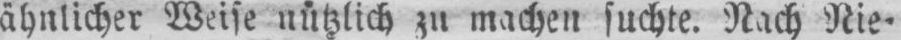
ähnlicher Weise nützlich zu machen suchte. Nach Nie⸗